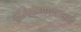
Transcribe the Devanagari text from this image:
बुद्धिप्रामाण्याकडे